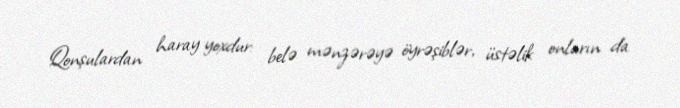
Qonşulardan haray yoxdur: belə mənzərəyə öyrəşiblər, üstəlik onların da